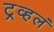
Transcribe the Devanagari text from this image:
ट्रव्हलं